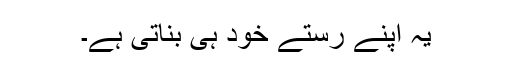
یہ اپنے رستے خود ہی بناتی ہے۔